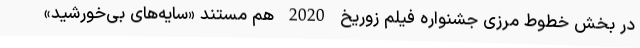
در بخش خطوط مرزی جشنواره فیلم زوریخ 2020 هم مستند «سایه‌های بی‌خورشید»